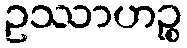
ဥဿာဟဉ္စ